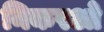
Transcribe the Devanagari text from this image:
निकरओ